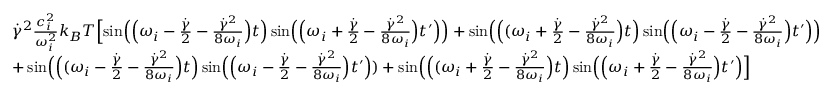
\begin{array} { r l } & { \dot { \gamma } ^ { 2 } \frac { c _ { i } ^ { 2 } } { \omega _ { i } ^ { 2 } } k _ { B } T \Bigl [ \sin \Bigl ( \Bigl ( \omega _ { i } - \frac { \dot { \gamma } } { 2 } - \frac { \dot { \gamma } ^ { 2 } } { 8 \omega _ { i } } \Bigr ) t \Bigr ) \sin \Bigl ( \Bigl ( \omega _ { i } + \frac { \dot { \gamma } } { 2 } - \frac { \dot { \gamma } ^ { 2 } } { 8 \omega _ { i } } \Bigr ) t ^ { \prime } \Bigr ) \Bigr ) + \sin \Bigl ( \Bigl ( ( \omega _ { i } + \frac { \dot { \gamma } } { 2 } - \frac { \dot { \gamma } ^ { 2 } } { 8 \omega _ { i } } \Bigr ) t \Bigr ) \sin \Bigl ( \Bigl ( \omega _ { i } - \frac { \dot { \gamma } } { 2 } - \frac { \dot { \gamma } ^ { 2 } } { 8 \omega _ { i } } \Bigr ) t ^ { \prime } \Bigr ) \Bigr ) } \\ & { + \sin \Bigl ( \Bigl ( ( \omega _ { i } - \frac { \dot { \gamma } } { 2 } - \frac { \dot { \gamma } ^ { 2 } } { 8 \omega _ { i } } \Bigr ) t \Bigr ) \sin \Bigl ( \Bigl ( \omega _ { i } - \frac { \dot { \gamma } } { 2 } - \frac { \dot { \gamma } ^ { 2 } } { 8 \omega _ { i } } \Bigr ) t ^ { \prime } \Bigr ) ) + \sin \Bigl ( \Bigl ( ( \omega _ { i } + \frac { \dot { \gamma } } { 2 } - \frac { \dot { \gamma } ^ { 2 } } { 8 \omega _ { i } } \Bigr ) t \Bigr ) \sin \Bigl ( \Bigl ( \omega _ { i } + \frac { \dot { \gamma } } { 2 } - \frac { \dot { \gamma } ^ { 2 } } { 8 \omega _ { i } } \Bigr ) t ^ { \prime } \Bigr ) \Bigr ] } \end{array}